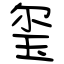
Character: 玺